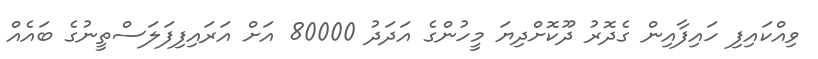
ވިއްކައިފި ހައިފާއިން ގެދޮރު ދޫކޮށްދިޔަ މީހުންގެ އަދަދު 80000 އަށް އަރައިފިފަލަސްތީނުގެ ބައެއް